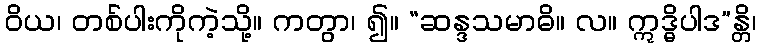
ဝိယ၊ တစ်ပါးကိုကဲ့သို့။ ကတွာ၊ ၍။ “ဆန္ဒသမာဓိ။ လ။ ဣဒ္ဓိပါဒ”န္တိ၊